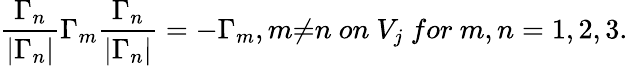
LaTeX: \frac{{\Gamma}_{n}}{|{\Gamma}_{n}|}{\Gamma}_{m}\frac{{\Gamma}_{n}}{|{\Gamma}_{n}|}=-{\Gamma}_{m},m{\neq}n~on~V_{j}~for~m,n=1,2,3.